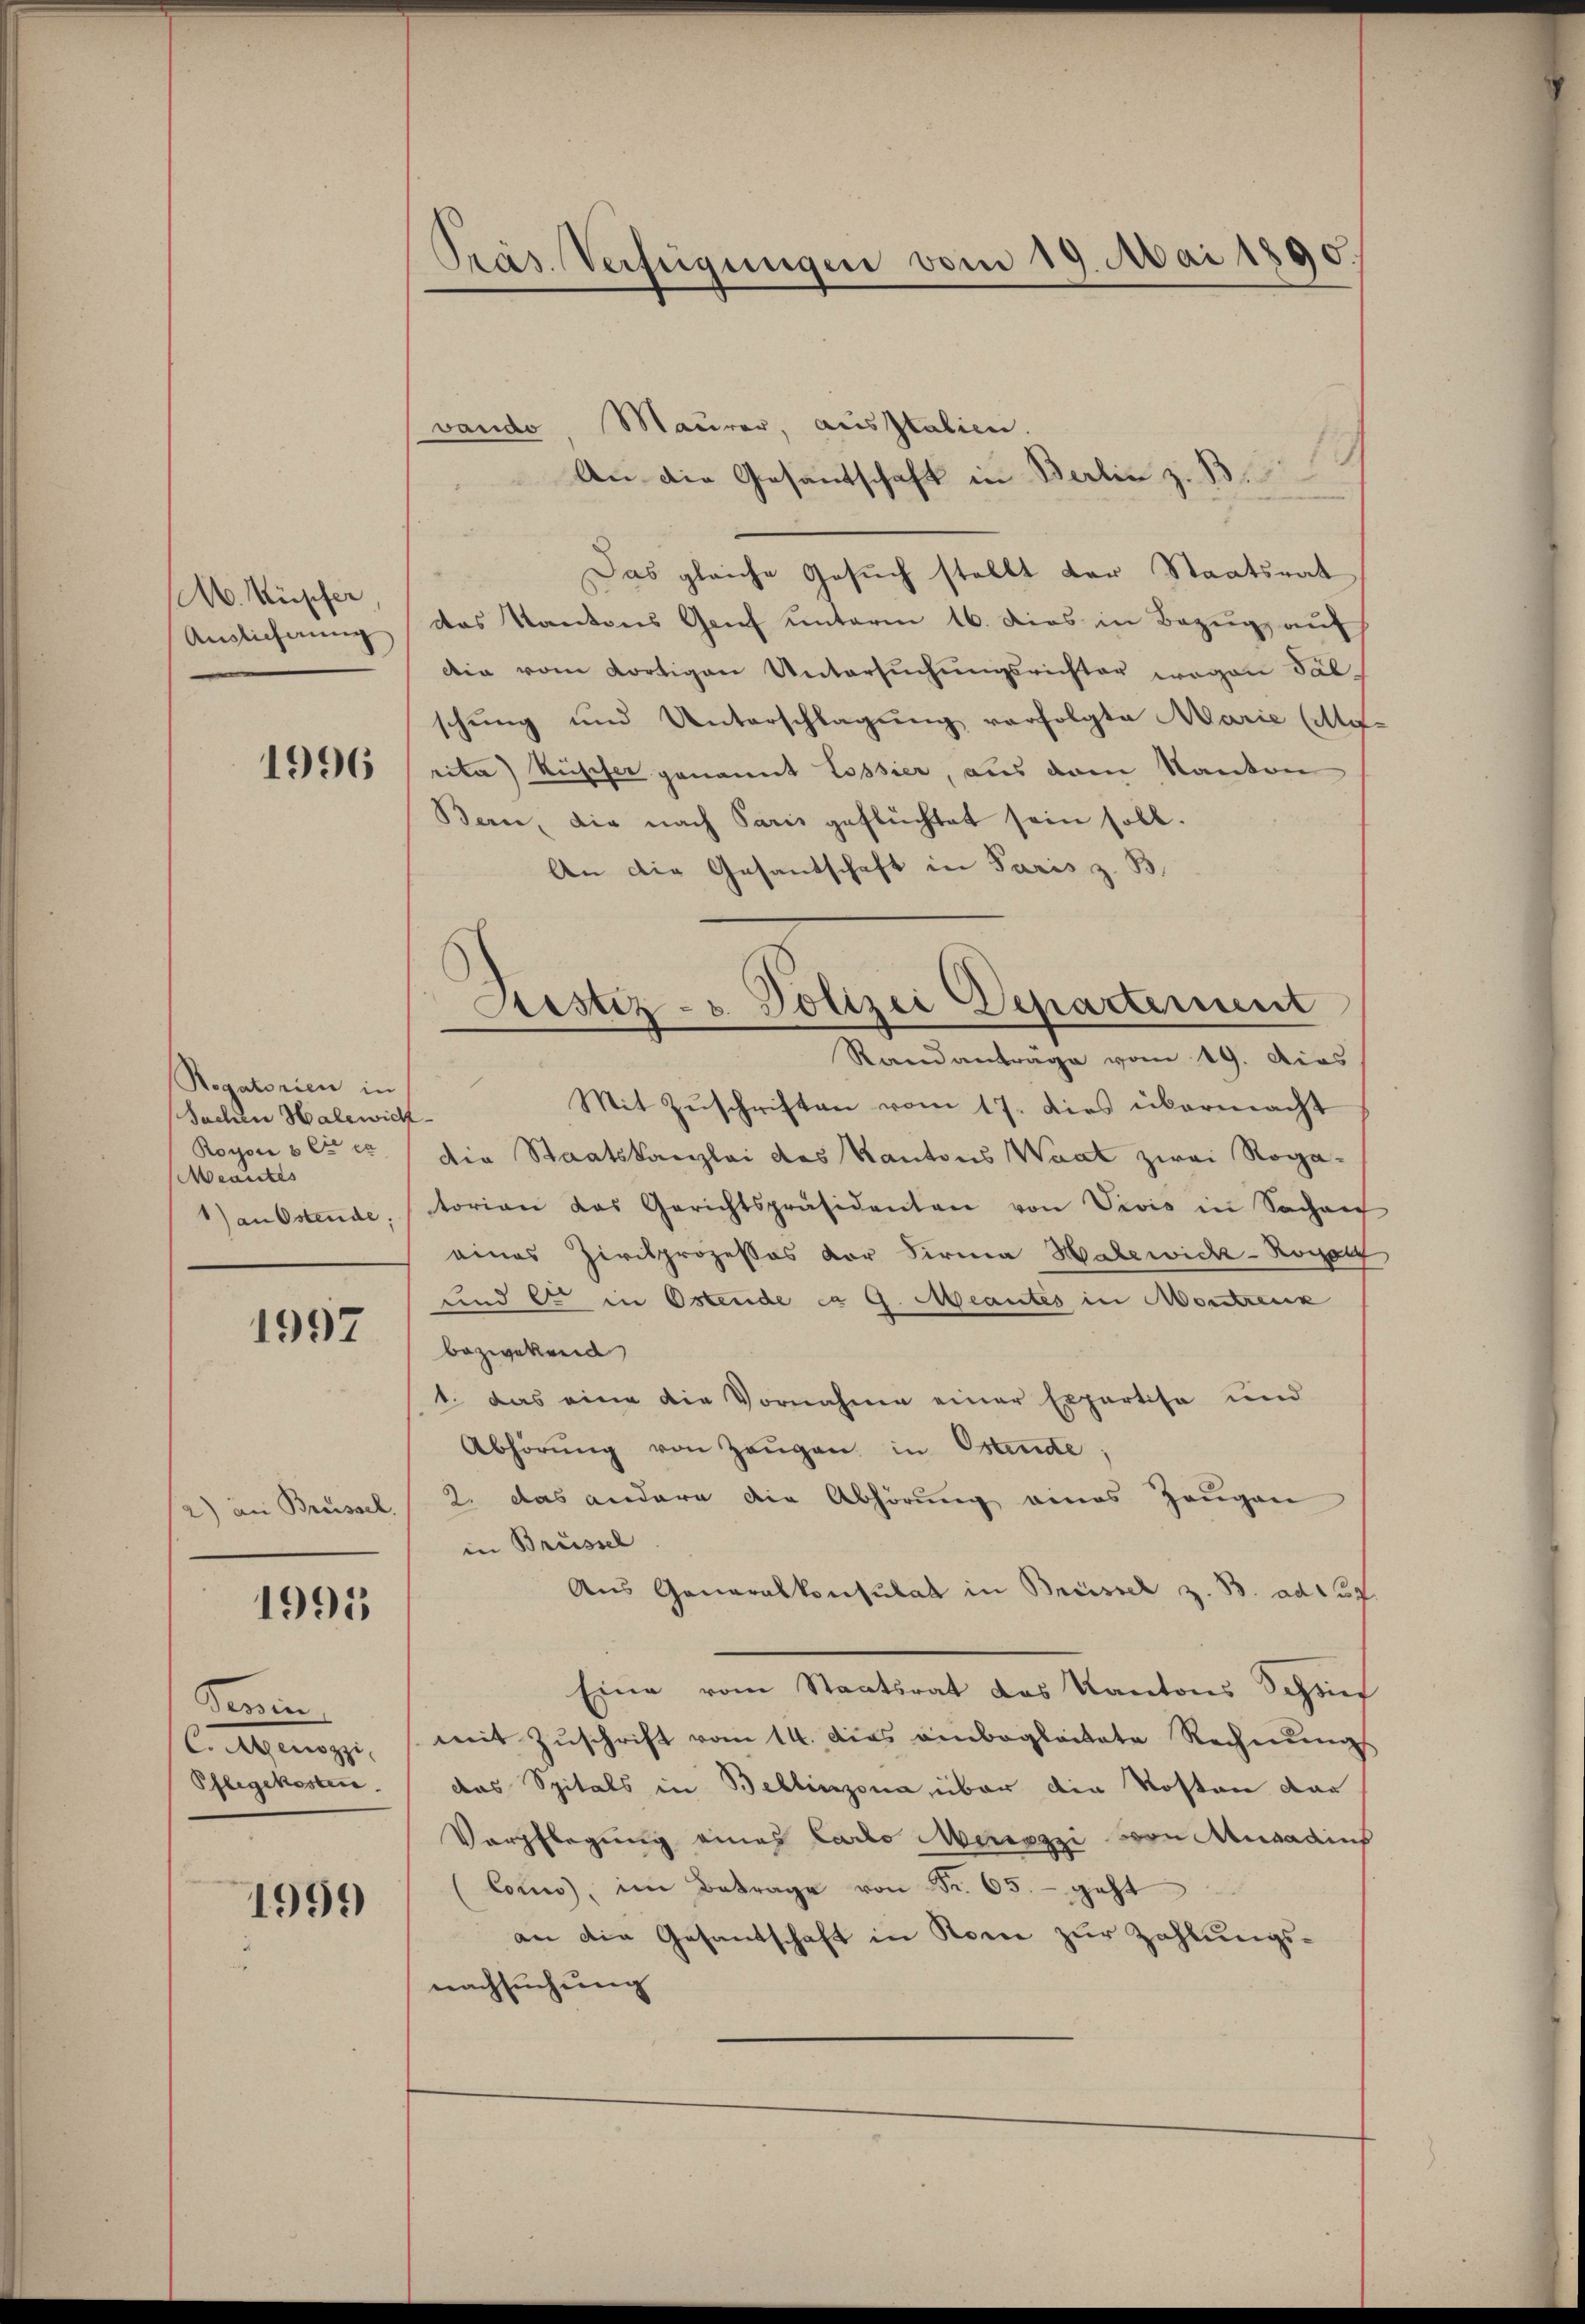
M. Küfer
Auslicherung

1996

Rogatorien in
Sachen Halewich
Royon & Cie
Meantes
1) an Ostende;

1997

2) an Breissel.

1995

Tenin
Cagung.
Pflegekosten

1999

Präs. Verfügungen vom 19. Mai 1890.

vando, Maurer, ausstalien.
An die Gesantschaft in Berlin z. B.
Das gleiche Gesuch stellt der Staatsrat
das Kantons Genf unterm 16. Dies in Bezug auf
Die vom dortigen Untersŭchŭngsrichter wegen Fälschung und Unterschlagung verfolgte Marie (Auf
rita) Rüscher genannt Lossier, aus dem Kanton
Bern, die nach Paris geflüchtet sein soll.
An die Gesandschaft in Paris z. B.
Mit Zuschriften vom 17. dies übermacht
dia Staatskanzlei das Kantons Waat zwei Rogatorian das Gerichtspräsidenten von Vivis in Sachen
eines Zivilprozesses vor Firma Haberich - Rosal
und er in Ostende ca 9. Mantes in Montrenk
bezwekend
1. das eine die Vornahme einer Expertise und
Abhörŭng von Zeŭgen in Ostende,
2. das andere die Abhörung eines Zeugen
in Brüssel
Aus Generalkonsulat in Brüssel z. B. ad 139
Eine vom Staatsrat des Kantons Schruf
mit Zŭschrift vom 14. dies einbegleitete Rechnŭngs
das Spitals in Bellinzona, über die Kosten dar
Verpflegung eines Carlo Meriazzi von Musadins
Coces, im Betrage von Fr. 65. - geht
an die Gesantschaft in Rome zur Zahlungs-
nachsuchung

Ristiz- u. Polizei Departement
Randantrage vom 19. Dies